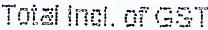
TOTAL INCL. OF GST